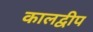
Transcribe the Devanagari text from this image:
कालद्वीप